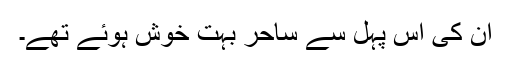
ان کی اس پہل سے ساحر بہت خوش ہوئے تھے۔